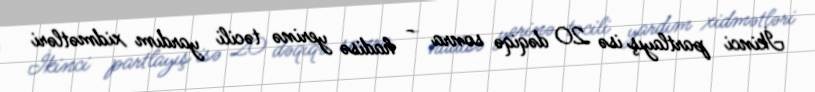
İkinci partlayış isə 20 dəqiqə sonra - hadisə yerinə təcili yardım xidmətləri